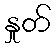
နှုတ်